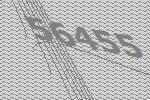
56455